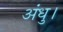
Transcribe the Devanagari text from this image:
अंधु।